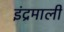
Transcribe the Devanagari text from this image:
इंद्रमाली